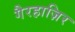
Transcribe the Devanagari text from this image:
गैरहाज़िर